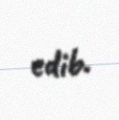
edib.